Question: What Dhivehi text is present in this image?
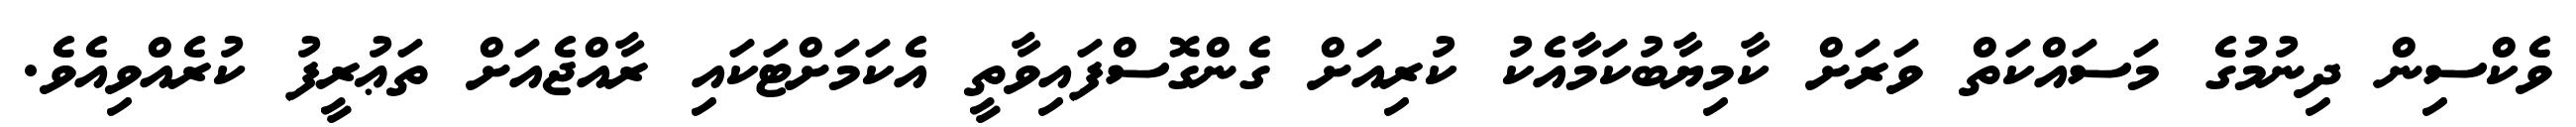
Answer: ވެކްސިން ދިނުމުގެ މަސައްކަތް ވަރަށް ކާމިޔާބުކަމާއެކު ކުރިއަށް ގެންގޮސްފައިވާތީ އެކަމަށްޓަކައި ރާއްޖެއަށް ތަޢުރީފު ކުރެއްވިއެވެ.